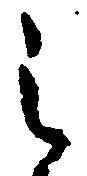
之